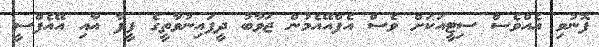
ފޮނުވި އެއްވެސް ސިޓީއަކަށް ވެސް އެފްއޭއެމުން ޖަވާބު ދީފައިނުވާތީގެ ފީފާ އާއި އޭއެފްސީ